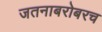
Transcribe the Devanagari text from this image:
जतनाबरोबरच